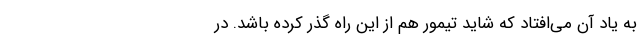
به یادِ آن می‌افتاد که شاید تیمور هم از این راه گذر کرده باشد. در